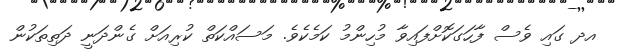
އދ ގައި ވެސް ފާހަގަކޮށްފައިވާ މުހިންމު ކަމެކެވެ. މަސައްކަތް ކުރިއަށް ގެންދަނީ ދަތިތަކުން